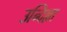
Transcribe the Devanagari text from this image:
उन्दिल्ला